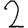
Digit: 2